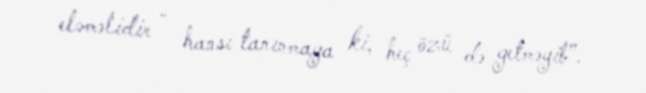
eləməlidir - hansı tanınmaya ki, heç özü də getməyib”.